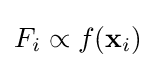
F_{i}\propto f(\mathbf {x} _{i})